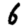
Digit: 6